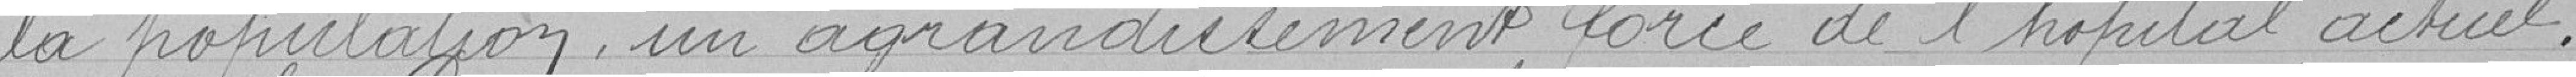
la population, un agrandissement forcé de l'hôpital actuel.